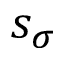
s _ { \sigma }